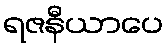
ရဇနီယာပေ